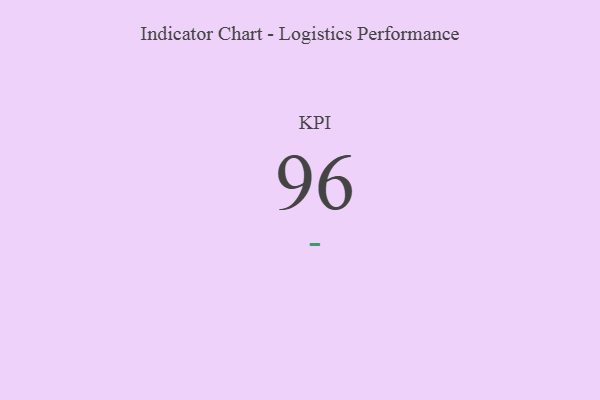
{"axis": {"x": "KPI", "y": "Value"}, "legend": [""], "data": [{"x": "KPI", "y": 96, "type": ""}]}